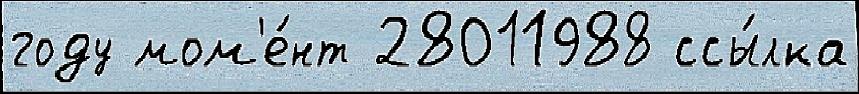
году мом'е́нт 28011988 ссы́лка